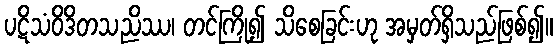
ပဋိသံဝိဒိတသညိဿ၊ တင်ကြို၍ သိစေခြင်းဟု အမှတ်ရှိသည်ဖြစ်၍။